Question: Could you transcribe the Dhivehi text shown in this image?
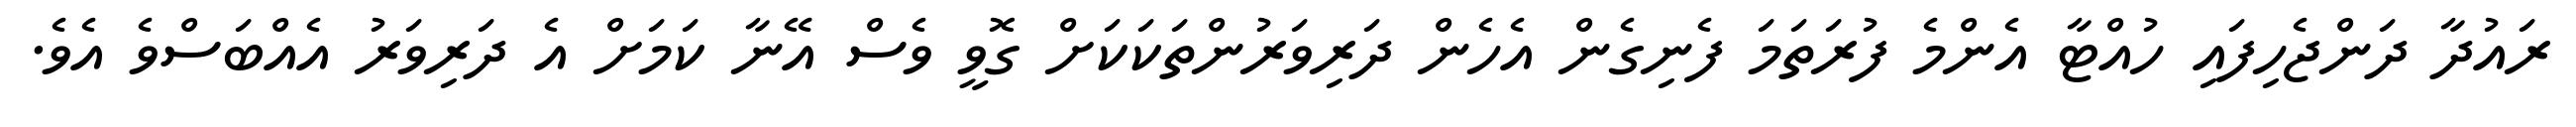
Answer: ރައުދާ ދަންޖެހިފައި ހުއްޓާ އެންމެ ފުރަތަމަ ފެނިގެން އެހެން ދަރިވަރުންތަކަކަށް ގޮވީ ވެސް އޭނާ ކަމަށް އެ ދަރިވަރު އެއްބަސްވެ އެވެ.